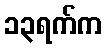
၁၃ရက်က